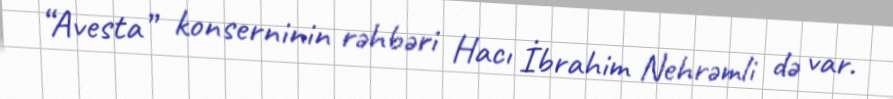
“Avesta” konserninin rəhbəri Hacı İbrahim Nehrəmli də var.